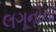
લગૂનોનો